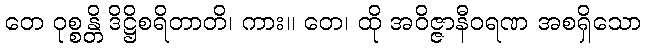
တေ ဝုစ္စန္တိ ဒိဋ္ဌိစရိတာတိ၊ ကား။ တေ၊ ထို အဝိဇ္ဇာနီဝရဏ အစရှိသော